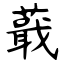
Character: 蕺